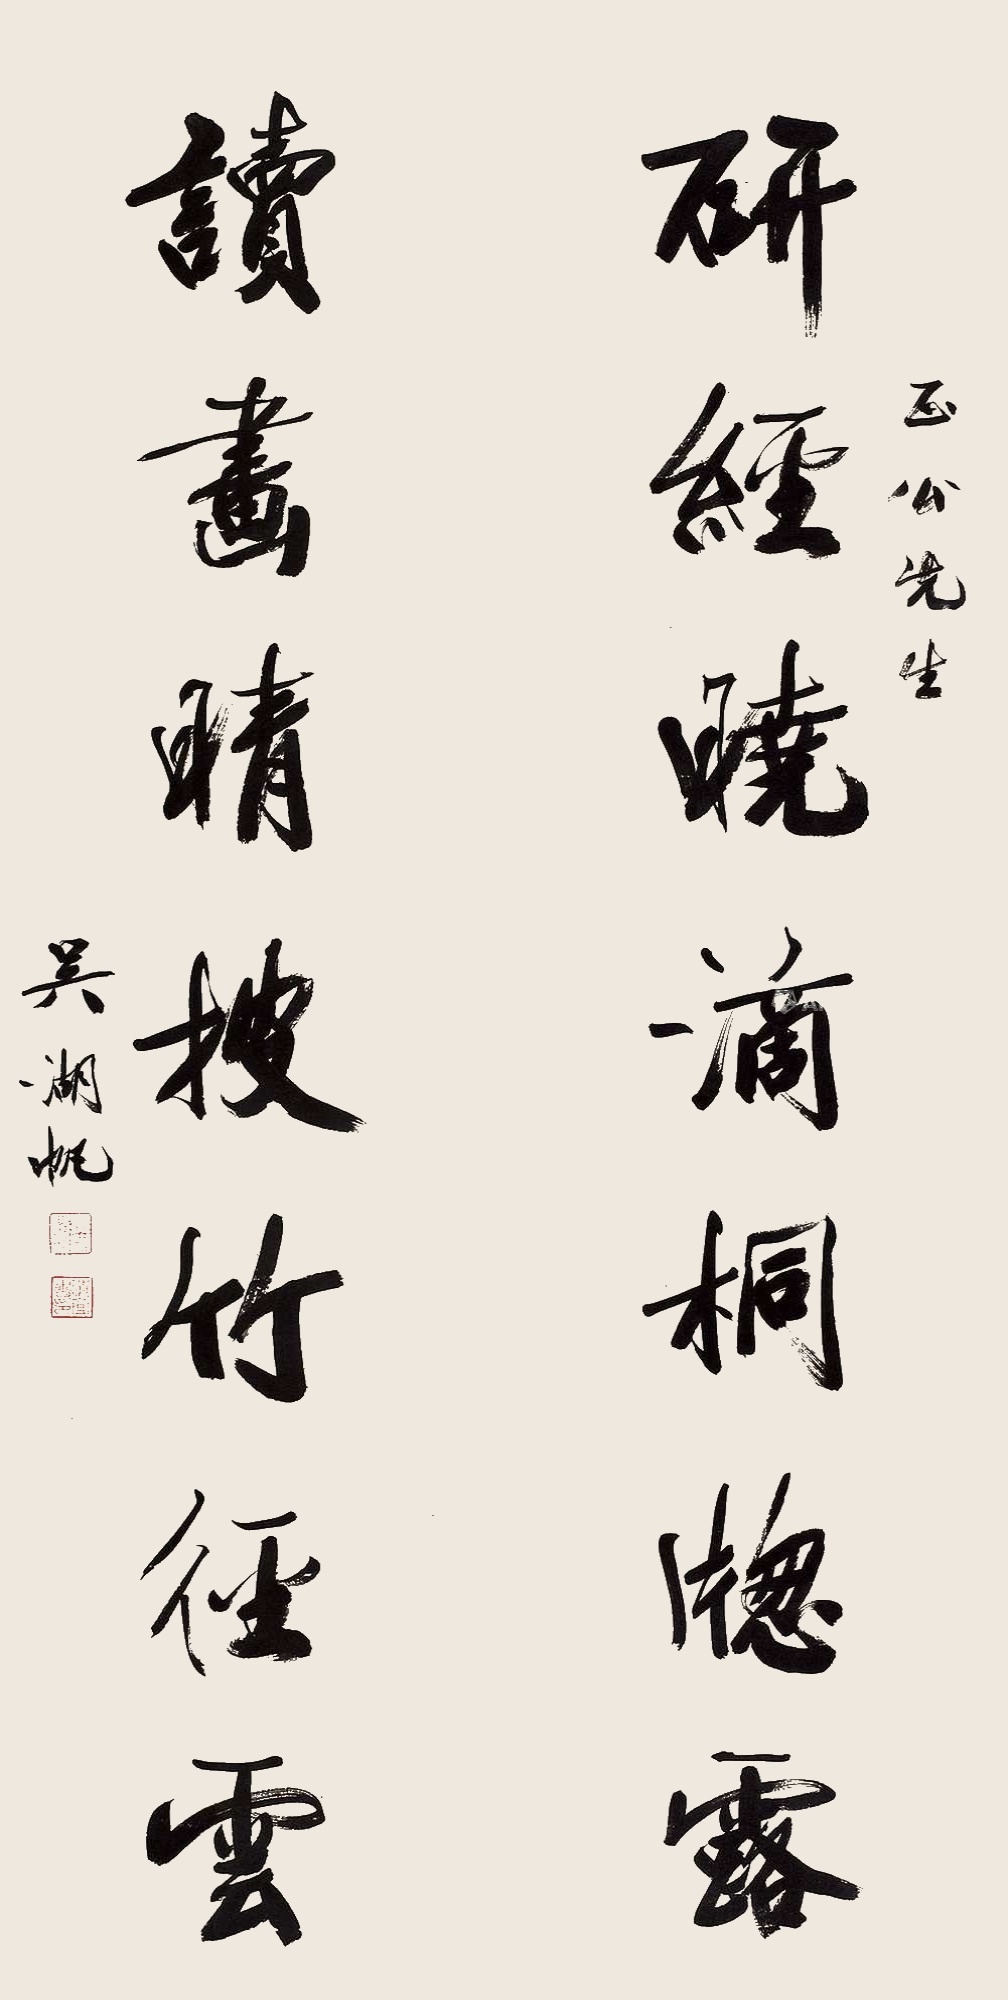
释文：研经晓滴桐窗露，读画晴披竹径云。正公先生，吴湖帆。